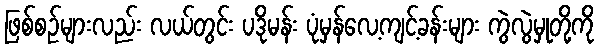
ဖြစ်စဉ်များလည်း လယ်တွင်း ပဒိုမန်း ပုံမှန်လေ့ကျင့်ခန်းများ ကွဲလွဲမှုတို့ကို